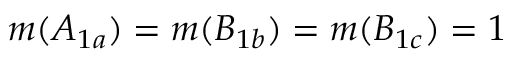
m ( A _ { 1 a } ) = m ( B _ { 1 b } ) = m ( B _ { 1 c } ) = 1